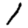
Digit: 1